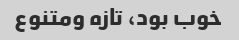
خوب بود، تازه ومتنوع